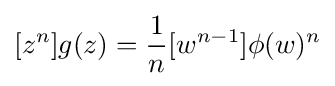
[z^{n}]g(z)={\frac {1}{n}}[w^{n-1}]\phi (w)^{n}